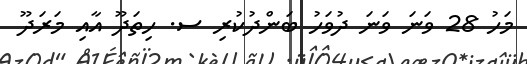
މަހު 28 ވަނަ ވަނަ ދުވަހު ބަންދުކުރި ސ. ހިތަދޫ އާއި މަރަދޫ